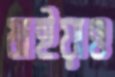
মাইয়াও